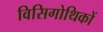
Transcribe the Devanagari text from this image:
विसिगोथिकों